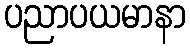
ပညာပယမာနာ